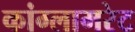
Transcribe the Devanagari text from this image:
कांग्लामरेट